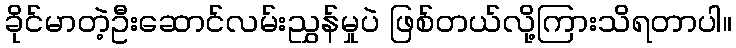
ခိုင်မာတဲ့ဦးဆောင်လမ်းညွှန်မှုပဲ ဖြစ်တယ်လို့ကြားသိရတာပါ။